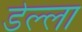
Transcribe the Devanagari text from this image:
डेल्ला